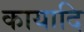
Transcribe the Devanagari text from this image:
कायादि